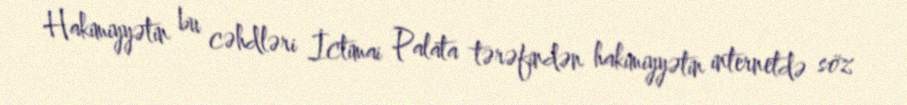
Hakimiyyətin bu cəhdləri İctimai Palata tərəfindən hakimiyyətin internetdə söz